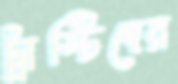
ট্রাস্টিদের